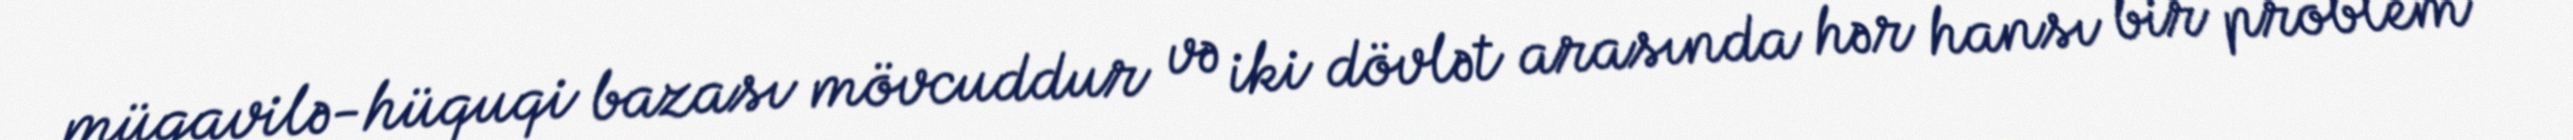
müqavilə-hüquqi bazası mövcuddur və iki dövlət arasında hər hansı bir problem